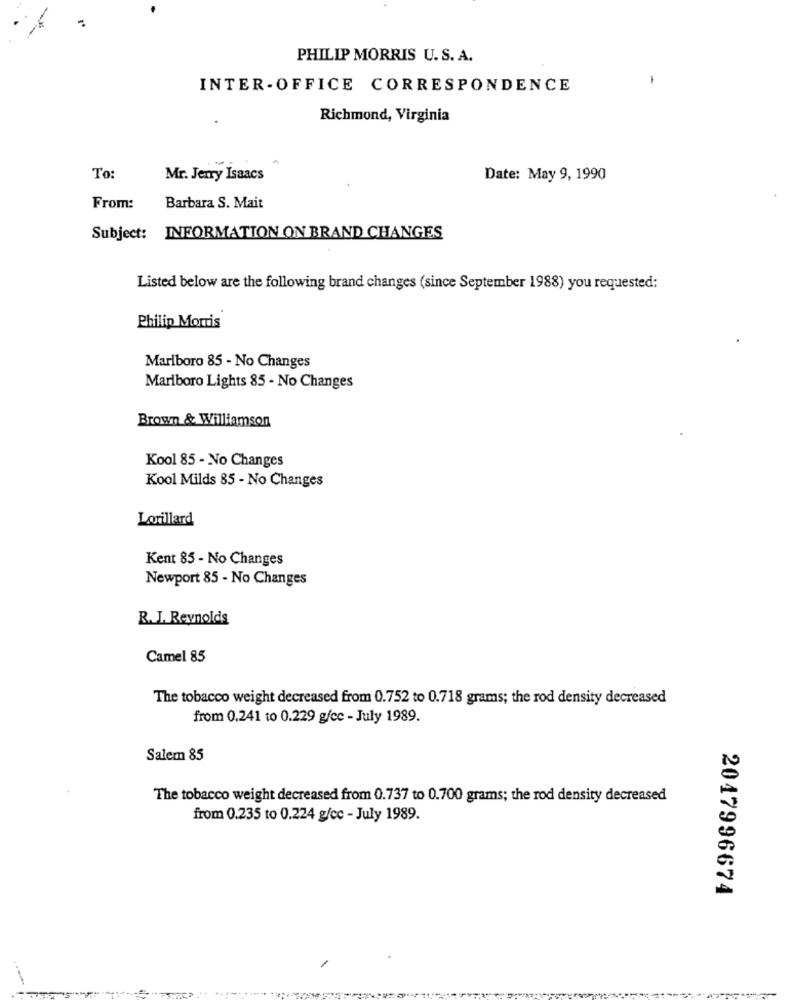
PHILIP MORRIS U.S. A.
1
INTER-OFFICE CORRESPONDENCE
Richmond, Virginia
To:
Mr. Jerry Isaacs
Date: May 9, 1990
From:
Barbara S. Mait
Subject: INFORMATION ON BRAND CHANGES
Listed below are the following brand changes (since September 1988) you requested:
Philip Morris
Marlboro 85 - No Changes
Marlboro Lights 85 - No Changes
Brown & Williamson
Kool 85 - No Changes
Kool Milds 85 - No Changes
Lorillard
Kent 85 - No Changes
Newport 85 - No Changes
R. J. Reynolds
Camel 85
The tobacco weight decreased from 0.752 to 0.718 grams; the rod density decreased
from 0.241 to 0.229 g/cc - July 1989.
Salem 85
The tobacco weight decreased from 0.737 to 0.700 grams; the rod density decreased
from 0.235 to 0.224 g/cc - July 1989.
2047996674